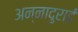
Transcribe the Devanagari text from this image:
अन्नादुराई